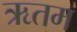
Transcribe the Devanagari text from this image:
ऋतम